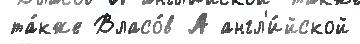
та́кже Власо́в А англ'и́йской